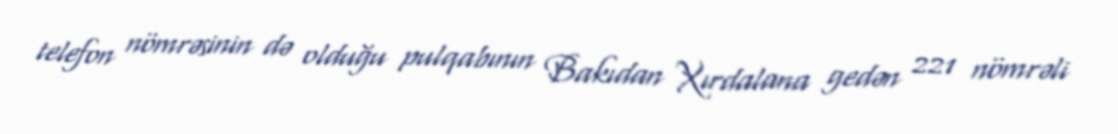
telefon nömrəsinin də olduğu pulqabının Bakıdan Xırdalana gedən 221 nömrəli